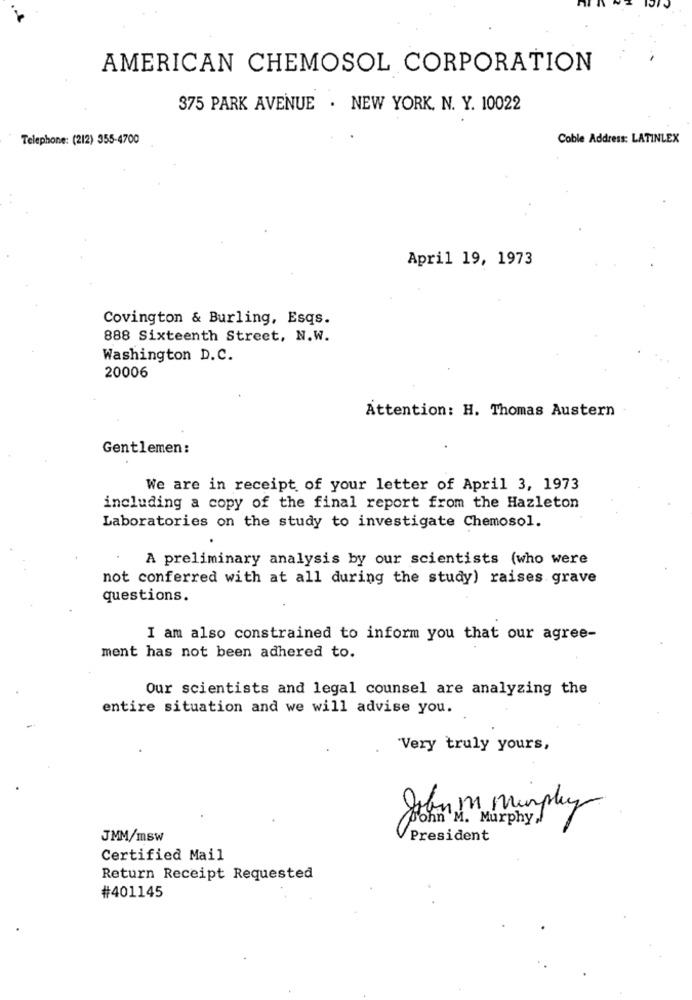
AMERICAN CHEMOSOL CORPORATION
375 PARK AVENUE . NEW YORK, N. Y. 10022
Telephone: (212) 355-4700
Coble Address: LATINLEX
April 19, 1973
Covington & Burling, Esqs.
888 Sixteenth Street, N.W.
Washington D.C.
20006
Attention: H. Thomas Austern
Gentlemen:
We are in receipt of your letter of April 3, 1973
including a copy of the final report from the Hazleton
Laboratories on the study to investigate Chemosol.
A preliminary analysis by our scientists (who were
not conferred with at all during the study) raises grave
questions.
I am also constrained to inform you that our agree-
ment has not been adhered to.
Our scientists and legal counsel are analyzing the
entire situation and we will advise you.
"Very truly yours,
0
John M Murphy
Ponn M. Murphy,
JMM/msw
President
Certified Mail
Return Receipt Requested
#401145